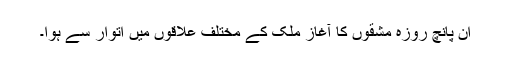
ان پانچ روزہ مشقوں کا آغاز ملک کے مختلف علاقوں میں اتوار سے ہوا۔